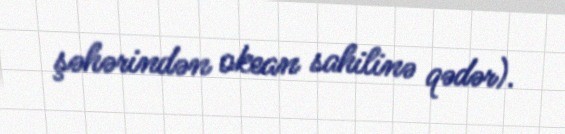
şəhərindən okean sahilinə qədər).